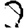
Digit: 1